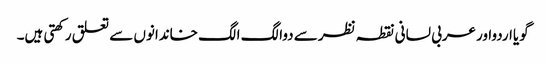
گویااردواورعربی لسانی نقطہ نظرسے دوالگ الگ خاندانوں سے تعلق رکھتی ہیں۔